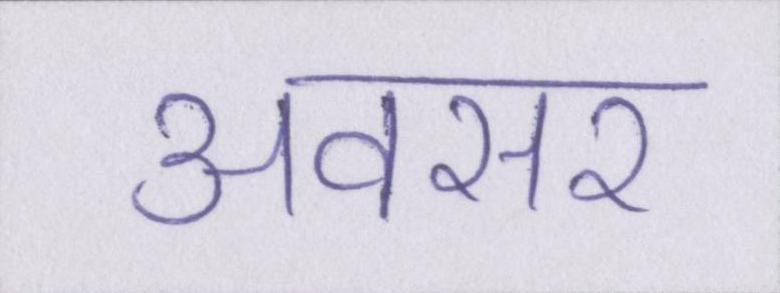
अवसर